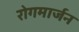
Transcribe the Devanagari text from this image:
रोगमार्जन